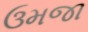
ઉમજા